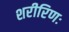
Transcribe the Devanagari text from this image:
शरीरिणः